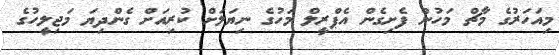
މިއަހަރުގެ މާޗް މަހުން ފެށިގެން އެޕްރީލް މަހުގެ ނިޔަލަށް ކުރިއަށް ގެންދިޔަ މަޖިލީހުގެ